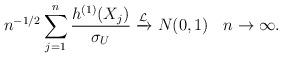
LaTeX: \begin{align*}n^{{-1}/{2}}\sum_{j=1}^{n}\frac{h^{(1)}(X_j)}{\sigma_U} \xrightarrow {\mathcal{ L}} N(0, 1) \:\: \: \:{n \to \infty}.\end{align*}